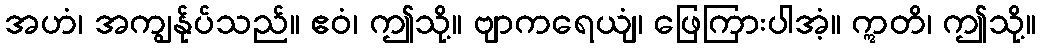
အဟံ၊ အကျွန်ုပ်သည်။ ဧဝံ၊ ဤသို့။ ဗျာကရေယျံ၊ ဖြေကြားပါအံ့။ ဣတိ၊ ဤသို့။